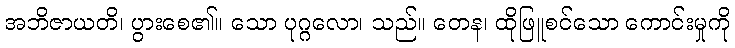
အဘိဇာယတိ၊ ပွားစေ၏။ သော ပုဂ္ဂလော၊ သည်။ တေန၊ ထိုဖြူစင်သော ကောင်းမှုကို